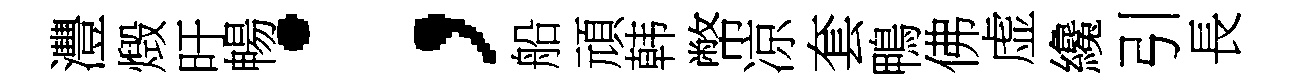
灃燬旴暢；船頑韩幣凉套鴨佛虚纔引長